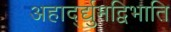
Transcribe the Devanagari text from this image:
अहार्द्द्युमद्विभाति